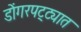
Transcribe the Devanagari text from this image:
डोंगरपट्ट्यात